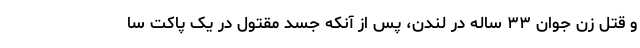
و قتل زن جوان ۳۳ ساله در لندن، پس از آنکه جسد مقتول در یک پاکت سا